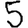
Digit: 5